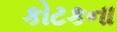
કોટકના